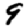
Digit: 9